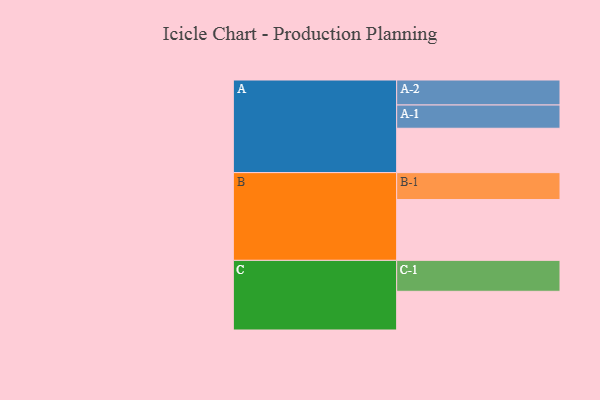
{"axis": {"x": "Segment", "y": "Value"}, "legend": ["", "A", "B", "C"], "data": [{"x": "A", "y": 353, "type": ""}, {"x": "B", "y": 484, "type": ""}, {"x": "C", "y": 308, "type": ""}, {"x": "A-1", "y": 185, "type": "A"}, {"x": "A-2", "y": 199, "type": "A"}, {"x": "B-1", "y": 214, "type": "B"}, {"x": "C-1", "y": 246, "type": "C"}]}